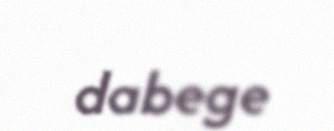
dabege